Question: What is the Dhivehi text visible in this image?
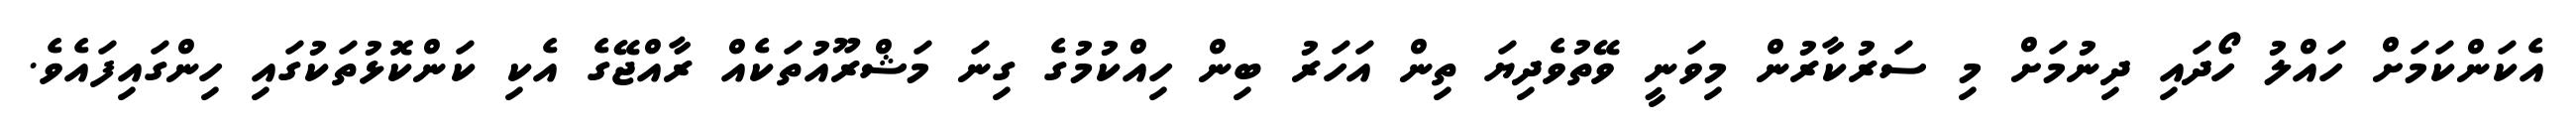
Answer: އެކަންކަމަށް ހައްލު ހޯދައި ދިނުމަށް މި ސަރުކާރުން މިވަނީ ވޭތުވެދިޔަ ތިން އަހަރު ބިން ހިއްކުމުގެ ގިނަ މަޝްރޫއުތަކެއް ރާއްޖޭގެ އެކި ކަންކޮޅުތަކުގައި ހިންގައިފައެވެ.